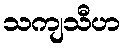
သကျသီဟ